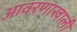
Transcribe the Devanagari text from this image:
आवरणाखाली